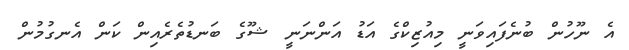
އެ ނޫހުން ބުނެފައިވަނީ މިއުޒިކްގެ އަޑު އަންނަނީ ޝޫގެ ބަނޑުތެރެއިން ކަން އެނގުމުން